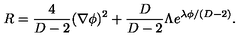
R = \frac { 4 } { D - 2 } ( \nabla \phi ) ^ { 2 } + \frac { D } { D - 2 } \Lambda e ^ { \lambda \phi / ( D - 2 ) } .